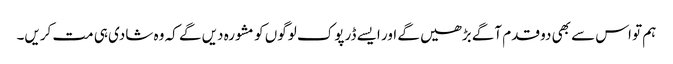
ہم تو اس سے بھی دو قدم آگے بڑھیں گے اور ایسے ڈرپوک لوگوں کو مشورہ دیں گے کہ وہ شادی ہی مت کریں۔